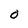
Character: 0